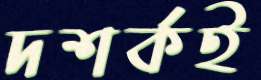
দশর্কই